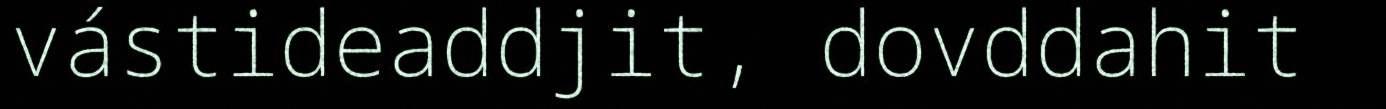
vástideaddjit, dovddahit